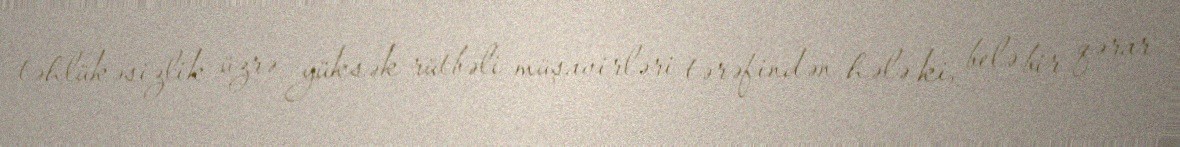
təhlükəsizlik üzrə yüksək rütbəli müşavirləri tərəfindən hələ ki, belə bir qərar